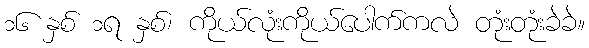
၁၆ နှစ် ၁ရ နှစ်၊ ကိုယ်လုံးကိုယ်ပေါက်ကလဲ တုံးတုံးခဲခဲ။